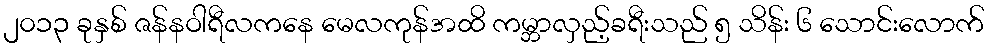
၂၀၁၃ ခုနှစ် ဇန်နဝါရီလကနေ မေလကုန်အထိ ကမ္ဘာလှည့်ခရီးသည် ၅ သိန်း ၆ သောင်းလောက်